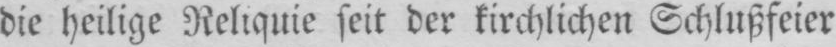
die heilige Reliquie seit der kirchlichen Schlußfeier